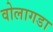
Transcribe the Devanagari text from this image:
वोलागडा